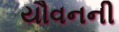
યૌવનની